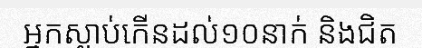
អ្នកស្លាប់កើនដល់១០នាក់ និងជិត